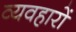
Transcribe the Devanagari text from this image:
व्यवहाराें